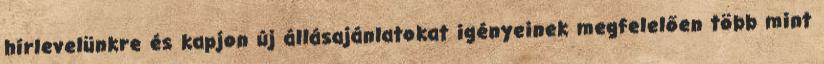
hírlevelünkre és kapjon új állásajánlatokat igényeinek megfelelően több mint